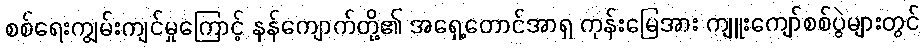
စစ်ရေးကျွမ်းကျင်မှုကြောင့် နန်ကျောက်တို့၏ အရှေ့တောင်အာရှ ကုန်းမြေအား ကျူးကျော်စစ်ပွဲများတွင်